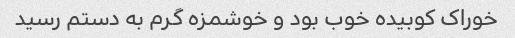
خوراک کوبیده خوب بود و خوشمزه گرم به دستم رسید